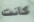
كانت